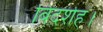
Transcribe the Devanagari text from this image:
बिदर्शह।